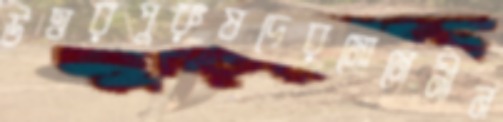
উত্তরপুরুষদেরমোমেনীন